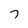
Character: 7